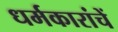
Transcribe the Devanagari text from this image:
धर्मकारांचें